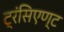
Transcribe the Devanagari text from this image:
ट्रंसिएण्ट